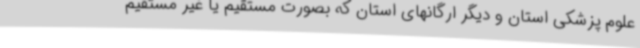
علوم پزشکی استان و دیگر ارگانهای استان که بصورت مستقیم یا غیر مستقیم